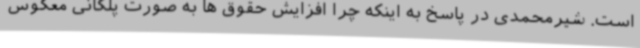
است. شیرمحمدی در پاسخ به اینکه چرا افزایش حقوق ها به صورت پلکانی معکوس